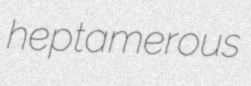
heptamerous